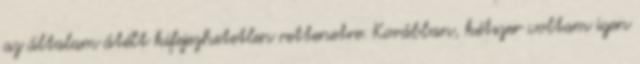
az általam átélt kifejezhetetlen rettenetre. Korábban, kétszer voltam igen